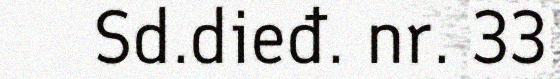
Sd.dieđ. nr. 33